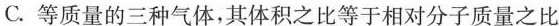
C.等质量的三种气体，其体积之比等于相对分子质量之比